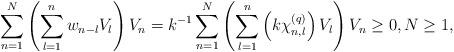
LaTeX: \begin{align*} \sum\limits_{n=1}^{N} \left( \sum\limits_{l=1}^{n} w_{n-l} V_{l} \right) V_n = k^{-1} \sum\limits_{n=1}^{N} \left( \sum\limits_{l=1}^{n} \left(k\chi_{n,l}^{(q)} \right) V_{l} \right) V_n \geq 0, N\geq 1, \end{align*}